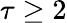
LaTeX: \tau\ge 2